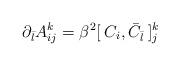
LaTeX: \begin{align*}\partial_{\bar l} A_{ij}^{k} = \beta^2 [ \: C_i ,{\bar C}_{\bar l} \: ]_{j}^{k}\end{align*}